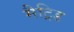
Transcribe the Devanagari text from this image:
मैट्रिड